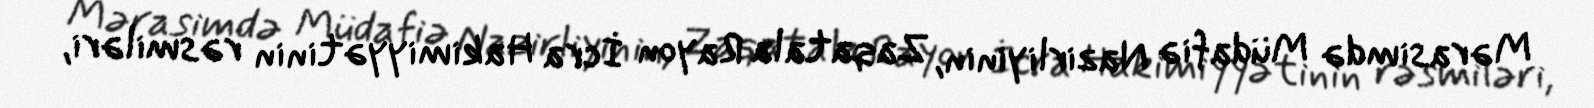
Mərasimdə Müdafiə Nazirliyinin, Zaqatala Rayon İcra Hakimiyyətinin rəsmiləri,